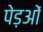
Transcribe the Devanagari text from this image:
पेड़ओं